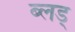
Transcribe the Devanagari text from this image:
ब्लड्